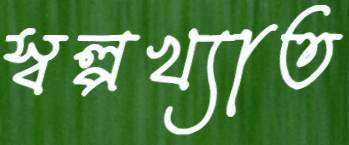
স্বল্পখ্যাত